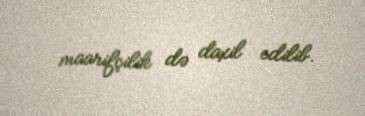
maarifçilik də daxil edilib.